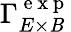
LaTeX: {\Gamma}_{E\times\mathit{B}}^{\mathrm{{~e~x~p~}}}